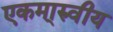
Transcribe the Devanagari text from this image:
एकमा्रुवीय